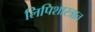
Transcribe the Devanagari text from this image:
लिपिशास्त्रात